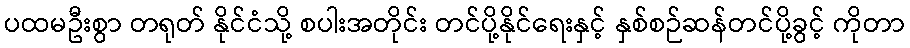
ပထမဦးစွာ တရုတ် နိုင်ငံသို့ စပါးအတိုင်း တင်ပို့နိုင်ရေးနှင့် နှစ်စဉ်ဆန်တင်ပို့ခွင့် ကိုတာ